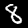
Digit: 8